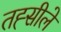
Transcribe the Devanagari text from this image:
तह्सीले